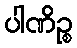
ပါဏိဉ္စ